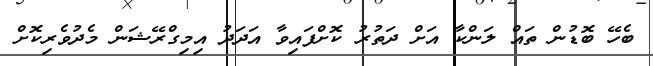
ބެހޭ ބޮޑުން ތައް ލަންކާ އަށް ދަތުރު ކޮށްފައިވާ އަދަދު އިމިގްރޭޝަން މެދުވެރިކޮށް